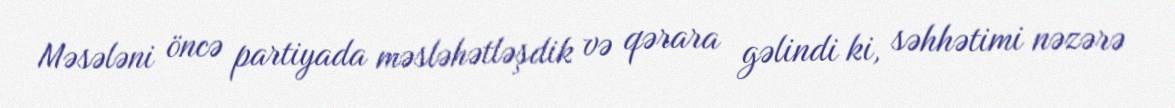
Məsələni öncə partiyada məsləhətləşdik və qərara gəlindi ki, səhhətimi nəzərə